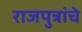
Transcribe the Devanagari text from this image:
राजपुत्रांचे